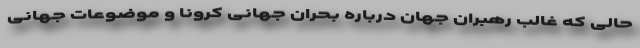
حالی که غالب رهبران جهان درباره بحران جهانی کرونا و موضوعات جهانی